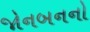
જોનબનનો